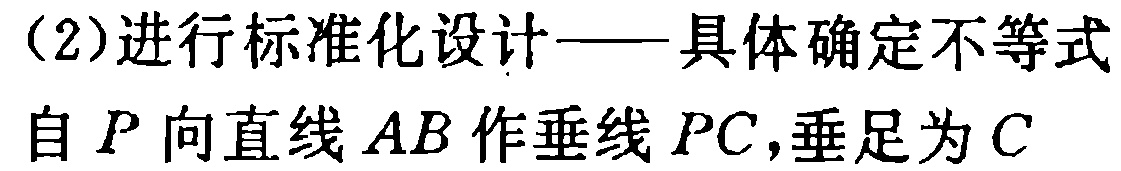
（2）进行标准化设计——具体确定不等式

自 \(P\) 向直线 \(AB\) 作垂线 \(PC\)，垂足为 \(C\)